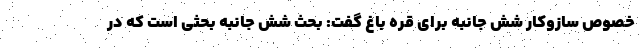
خصوص سازوکار شش جانبه برای قره باغ گفت: بحث شش جانبه بحثی است که در